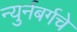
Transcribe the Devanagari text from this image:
न्युर्नबर्गचे